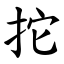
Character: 拕